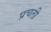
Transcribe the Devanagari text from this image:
प्रचली